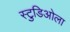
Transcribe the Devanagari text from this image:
स्टुडिओला